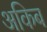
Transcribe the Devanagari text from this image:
अकिब